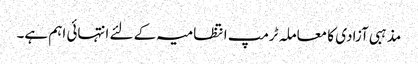
مذہبی آزادی کا معاملہ ٹرمپ انتظامیہ کے لئے انتہائی اہم ہے۔